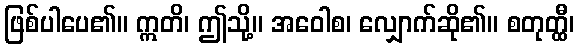
ဖြစ်ပါပေ၏။ ဣတိ၊ ဤသို့။ အဝေါစ၊ လျှောက်ဆို၏။ စတုတ္ထီ၊